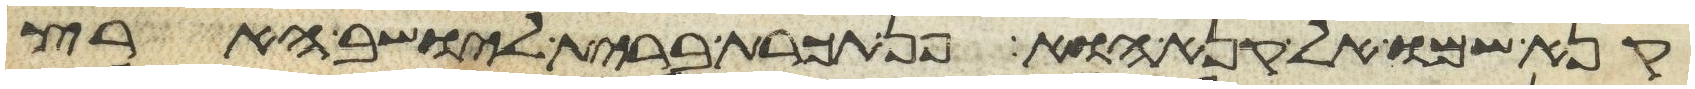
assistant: קנא שמו אל קנא הוא פן תכרת ברית ליושב הארץ